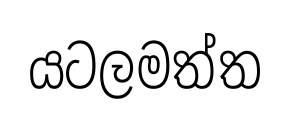
යටලමත්ත